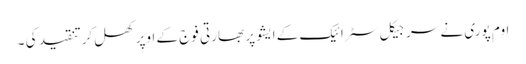
اوم پوری نے سرجیکل سٹرائیک کے ایشو پر بھارتی فوج کے اوپر کھل کرتنقید کی ۔